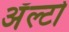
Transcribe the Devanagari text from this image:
अॅल्टो